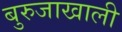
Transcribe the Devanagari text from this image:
बुरुजाखाली